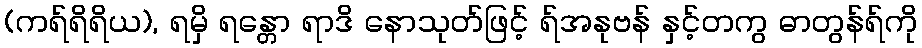
(ကရ်ရိရိယ), ရမှိ ရန္တော ရာဒိ နောသုတ်ဖြင့် ရ်အနုဗန် နှင့်တကွ ဓာတွန်ရ်ကို